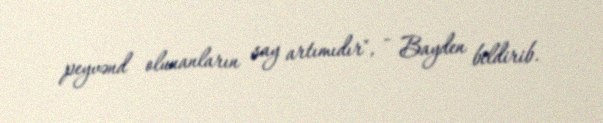
peyvənd olunanların say artımıdır", - Bayden bildirib.